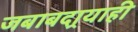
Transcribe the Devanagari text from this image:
जबाबदार्‍याही